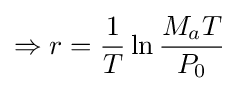
\Rightarrow r={\frac {1}{T}}\ln {\frac {M_{a}T}{P_{0}}}